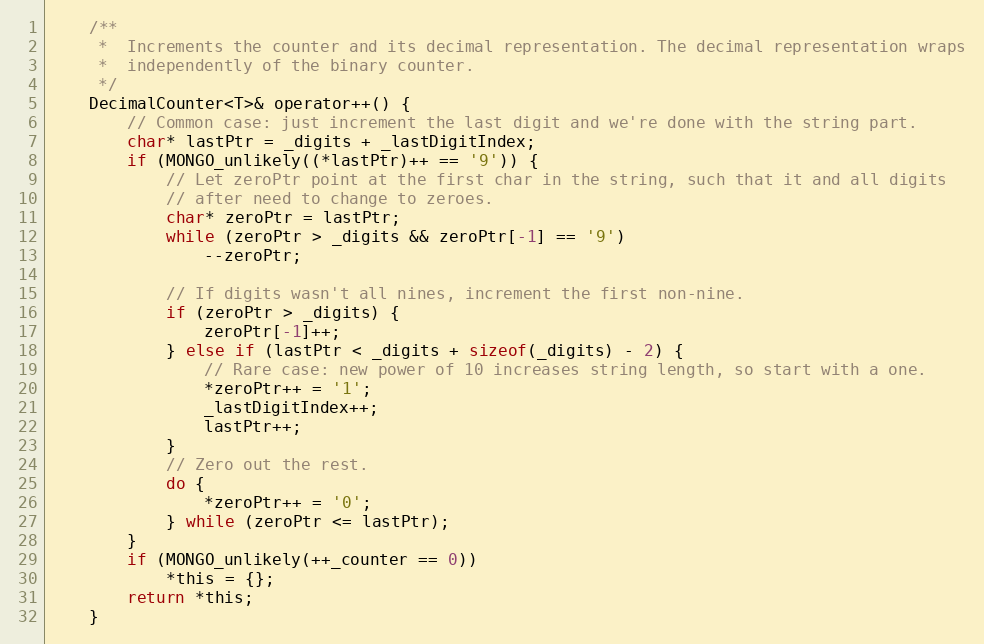
Language: C
    /**
     *  Increments the counter and its decimal representation. The decimal representation wraps
     *  independently of the binary counter.
     */
    DecimalCounter<T>& operator++() {
        // Common case: just increment the last digit and we're done with the string part.
        char* lastPtr = _digits + _lastDigitIndex;
        if (MONGO_unlikely((*lastPtr)++ == '9')) {
            // Let zeroPtr point at the first char in the string, such that it and all digits
            // after need to change to zeroes.
            char* zeroPtr = lastPtr;
            while (zeroPtr > _digits && zeroPtr[-1] == '9')
                --zeroPtr;

            // If digits wasn't all nines, increment the first non-nine.
            if (zeroPtr > _digits) {
                zeroPtr[-1]++;
            } else if (lastPtr < _digits + sizeof(_digits) - 2) {
                // Rare case: new power of 10 increases string length, so start with a one.
                *zeroPtr++ = '1';
                _lastDigitIndex++;
                lastPtr++;
            }
            // Zero out the rest.
            do {
                *zeroPtr++ = '0';
            } while (zeroPtr <= lastPtr);
        }
        if (MONGO_unlikely(++_counter == 0))
            *this = {};
        return *this;
    }